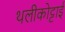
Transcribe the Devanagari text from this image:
थलीकोट्टाई